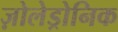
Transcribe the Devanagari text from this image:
ज़ोलेड्रोनिक